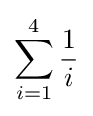
\sum _{i=1}^{4}{\frac {1}{i}}